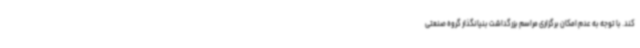
کند. با توجه به عدم امکان برگزاری مراسم بزرگداشت بنیانگذار گروه صنعتی